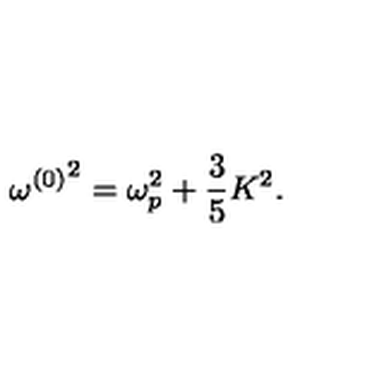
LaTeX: { \omega ^ { ( 0 ) } } ^ { 2 } = \omega _ { p } ^ { 2 } + { \frac { 3 } { 5 } } K ^ { 2 } .